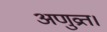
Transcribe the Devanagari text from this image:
अणुव्रत।